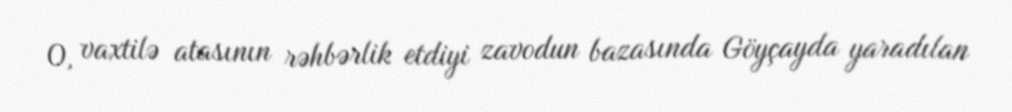
O, vaxtilə atasının rəhbərlik etdiyi zavodun bazasında Göyçayda yaradılan